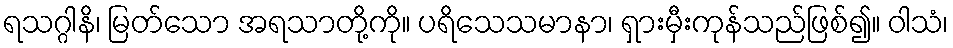
ရသဂ္ဂါနိ၊ မြတ်သော အရသာတို့ကို။ ပရိသေသမာနာ၊ ရှားမှီးကုန်သည်ဖြစ်၍။ ဝါသံ၊